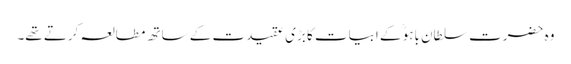
وہ حضرت سلطان باہوؒ کے ابیات کا بڑی عقیدت کے ساتھ مطالعہ کرتے تھے۔